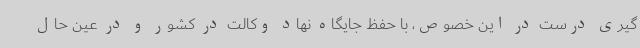
گیری درست در این خصوص، با حفظ جایگاه نهاد وکالت در کشور و در عین حال